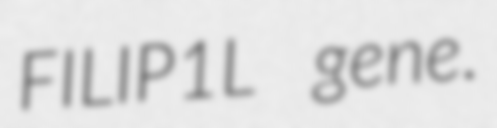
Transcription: FILIP1L gene.